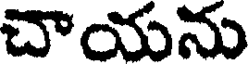
చాయను